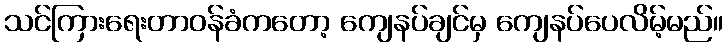
သင်ကြားရေးတာဝန်ခံကတော့ ကျေနပ်ချင်မှ ကျေနပ်ပေလိမ့်မည်။